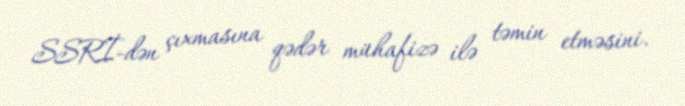
SSRİ-dən çıxmasına qədər mühafizə ilə təmin etməsini.